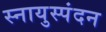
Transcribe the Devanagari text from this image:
स्नायुस्पंदन